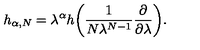
h _ { \alpha , N } = \lambda ^ { \alpha } h \biggl ( \frac { 1 } { N \lambda ^ { N - 1 } } \frac { \partial } { \partial \lambda } \biggr ) .